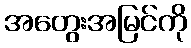
အတွေးအမြင်ကို